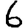
Digit: 6